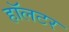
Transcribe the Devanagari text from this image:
हॉलटर